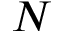
N